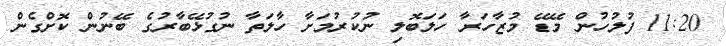
11:20 ފުލުހުން މޭޑޭ މުޒާހަރާ ހަލަބޮލި ނުކުރުމަށާ ހާލަތާ ނުގުޅޭބާރުގެ ބޭނުން ކޮށްގެން